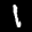
Label: 1